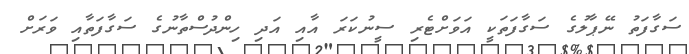
ސަގާފަތު ނޭޕާލުގެ ސަގާފަތަކީ އަވަށްޓެރި ސީނުކަރަ އާއި އަދި ހިންދުސްތާނުގެ ސަގާފަތާއި ވަރަށް